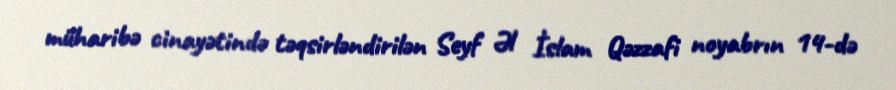
müharibə cinayətində təqsirləndirilən Seyf Əl İslam Qəzzafi noyabrın 14-də